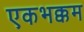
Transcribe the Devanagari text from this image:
एकभक्कम